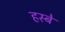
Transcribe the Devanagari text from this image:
हस्बे